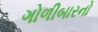
ગોળીબારનો